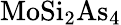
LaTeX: \mathrm{MoSi_{2}As_{4}}